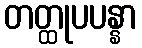
တတ္ထုပပန္နာ